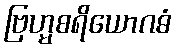
ဗြဟ္မစရိယောဂဓံ